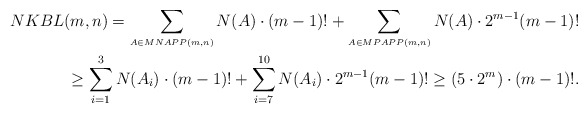
\begin{align*} NKBL(m,n) = \sum_{{\scriptscriptstyle A\in MNAPP(m,n)}} N(A) \cdot (m-1)! + \sum_{{\scriptscriptstyle A\in MPAPP(m,n)}} N(A) \cdot 2^{m-1} (m-1)! \\ \ge \sum_{i=1}^{3} N(A_i) \cdot (m-1)! + \sum_{i=7}^{10} N(A_i) \cdot 2^{m-1} (m-1)! \ge (5\cdot 2^m)\cdot (m-1)!.\end{align*}